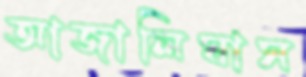
আজালিঘাস